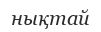
нықтай